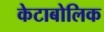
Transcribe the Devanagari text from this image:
केटाबोलिक